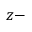
z -